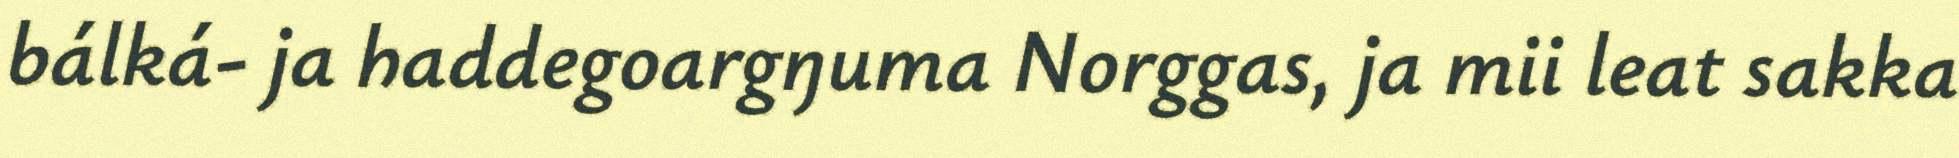
bálká- ja haddegoargŋuma Norggas, ja mii leat sakka